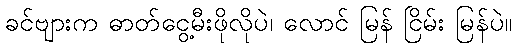
ခင်ဗျားက ဓာတ်ငွေ့မီးဖိုလိုပဲ၊ လောင် မြန် ငြိမ်း မြန်ပဲ။